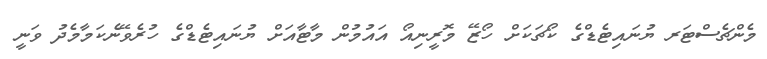
މެންޗެސްޓަރ ޔުނައިޓެޑްގެ ކޯޗަކަށް ހޯޒޭ މޮރީނިއޯ އައުމުން މާޓާއަށް ޔުނައިޓެޑްގެ ހުރެވޭނެކަމާމެދު ވަނީ